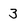
Character: 3